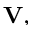
{ \mathbf V } ,